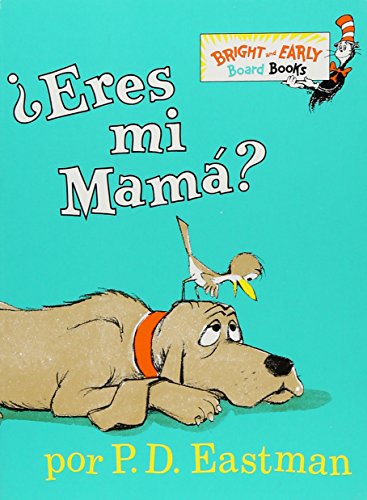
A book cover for Â¿Eres Mi Mama? (Bright & Early Board Books(TM)) (Spanish Edition); P.D. Eastman; Children's Books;